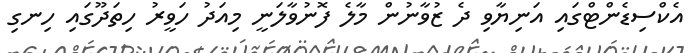
އެކްސިޑެންޓްގައި އަނިޔާވި ދެ ޒުވާނުން މާލެ ފޮނުވާލަނީ މިއަދު ހަވީރު ހިތަދޫގައި ހިނގި